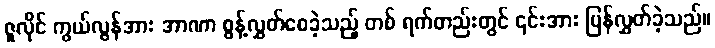
ဇူလိုင် ကွယ်လွန်အား အာဏာ စွန့်လွှတ်စေခဲ့သည့် တစ် ရက်တည်းတွင် ၎င်းအား ပြန်လွှတ်ခဲ့သည်။